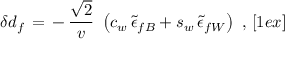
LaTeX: \delta d _ { f } \, = \, - \, { \frac { \sqrt { 2 } } { v } } \ \left( c _ { w } \, \tilde { \epsilon } _ { f B } + s _ { w } \, \tilde { \epsilon } _ { f W } \right) \ , \, [ 1 e x ]